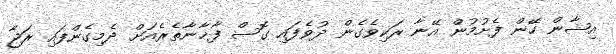
އިޝާން ހޭން ފެށުމުން އޭނާ ރަކިވެގެން ދުވެފައި ގޮސް ފާޚާނާތެރެއަށް ދެމިގެންފައި ރަޖާ